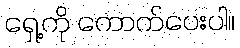
ရှေ့ကို ကောက်ပေးပါ။